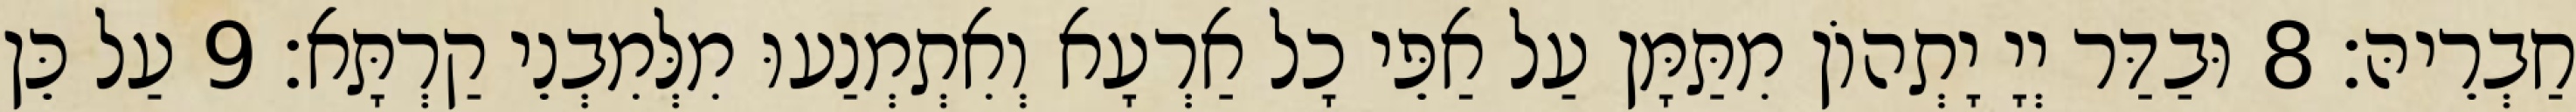
חַבְרֵיהּ׃ 8 וּבַדַּר יְיָ יָתְהוֹן מִתַּמָּן עַל אַפֵּי כָל אַרְעָא וְאִתְמְנַעוּ מִלְּמִבְנֵי קַרְתָּא׃ 9 עַל כֵּן